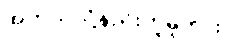
အဘယ်သို့နည်းဟူမူကား